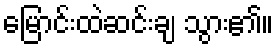
မြောင်းထဲဆင်းချ သွား၏။